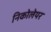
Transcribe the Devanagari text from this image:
निकोलेयर